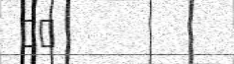
١٤